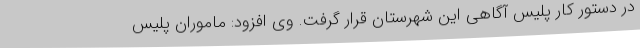
در دستور کار پلیس آگاهی این شهرستان قرار گرفت. وی افزود: ماموران پلیس